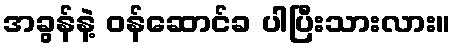
အခွန်နဲ့ ဝန်ဆောင်ခ ပါပြီးသားလား။